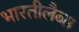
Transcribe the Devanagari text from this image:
भारतीलैब्स